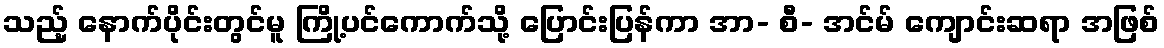
သည့် နောက်ပိုင်းတွင်မူ ကြို့ပင်ကောက်သို့ ပြောင်းပြန်ကာ အာ- စီ- အင်မ် ကျောင်းဆရာ အဖြစ်